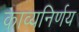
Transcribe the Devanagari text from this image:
काव्यनिर्णय